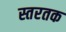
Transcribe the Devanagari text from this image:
स्तरतक